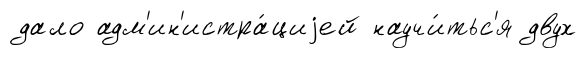
дало адм'ин'истра́циjей научи́тьс'я двух